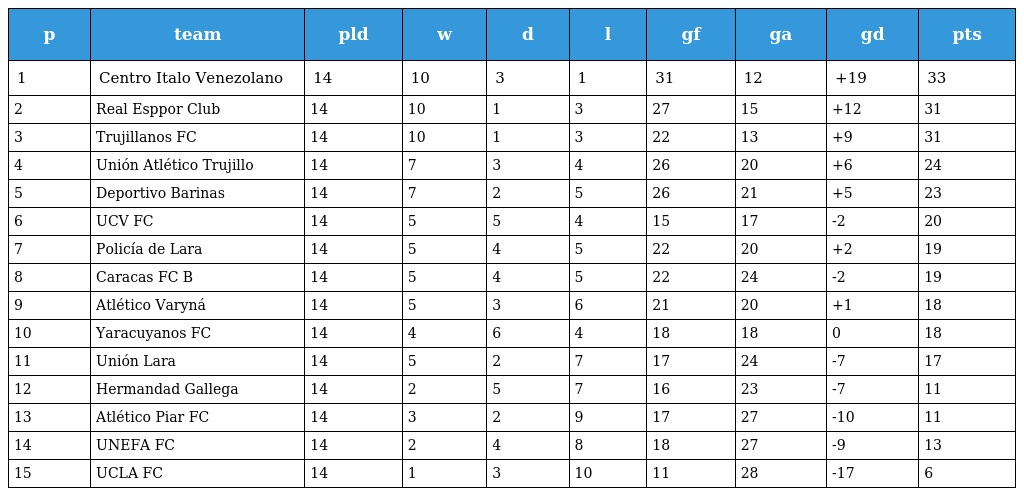
| p | team | pld | w | d | l | gf | ga | gd | pts |
 | --- | --- | --- | --- | --- | --- | --- | --- | --- | --- |
 | 1 | Centro Italo Venezolano | 14 | 10 | 3 | 1 | 31 | 12 | +19 | 33 |
 | 2 | Real Esppor Club | 14 | 10 | 1 | 3 | 27 | 15 | +12 | 31 |
 | 3 | Trujillanos FC | 14 | 10 | 1 | 3 | 22 | 13 | +9 | 31 |
 | 4 | Unión Atlético Trujillo | 14 | 7 | 3 | 4 | 26 | 20 | +6 | 24 |
 | 5 | Deportivo Barinas | 14 | 7 | 2 | 5 | 26 | 21 | +5 | 23 |
 | 6 | UCV FC | 14 | 5 | 5 | 4 | 15 | 17 | -2 | 20 |
 | 7 | Policía de Lara | 14 | 5 | 4 | 5 | 22 | 20 | +2 | 19 |
 | 8 | Caracas FC B | 14 | 5 | 4 | 5 | 22 | 24 | -2 | 19 |
 | 9 | Atlético Varyná | 14 | 5 | 3 | 6 | 21 | 20 | +1 | 18 |
 | 10 | Yaracuyanos FC | 14 | 4 | 6 | 4 | 18 | 18 | 0 | 18 |
 | 11 | Unión Lara | 14 | 5 | 2 | 7 | 17 | 24 | -7 | 17 |
 | 12 | Hermandad Gallega | 14 | 2 | 5 | 7 | 16 | 23 | -7 | 11 |
 | 13 | Atlético Piar FC | 14 | 3 | 2 | 9 | 17 | 27 | -10 | 11 |
 | 14 | UNEFA FC | 14 | 2 | 4 | 8 | 18 | 27 | -9 | 13 |
 | 15 | UCLA FC | 14 | 1 | 3 | 10 | 11 | 28 | -17 | 6 |